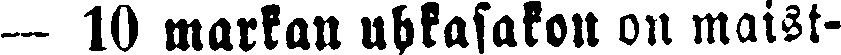
— 10 markan uhkasakon on maist-